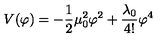
V ( \varphi ) = - \frac { 1 } { 2 } \mu _ { 0 } ^ { 2 } \varphi ^ { 2 } + \frac { \lambda _ { 0 } } { 4 ! } \varphi ^ { 4 }